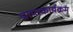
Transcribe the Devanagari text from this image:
प्राप्तकार्यक्रम